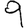
Digit: 9